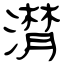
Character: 潸